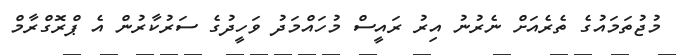
މުޖުތަމައުގެ ތެރެއަށް ނެރުނު އިރު ރައީސް މުހައްމަދު ވަހީދުގެ ސަރުކާރުން އެ ޕްރޮގްރާމް